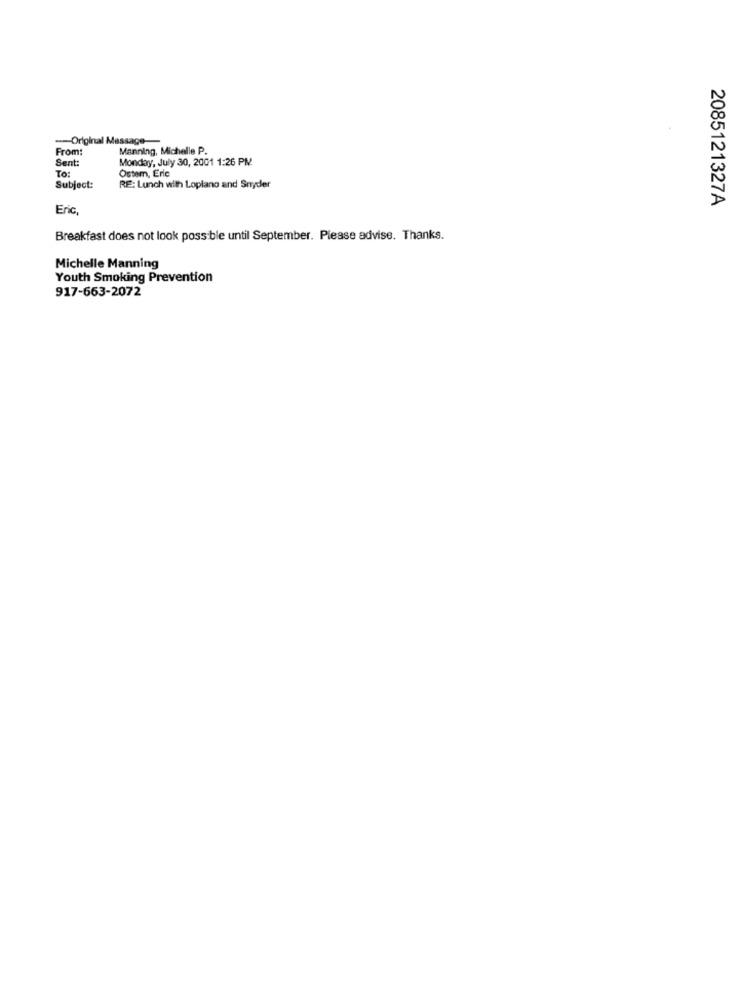
--- Original Message-
From:
Manning, Michelle P.
Sent:
Monday, July 30, 2001 1:26 PM
To:
Ostem, Erie
Subject:
RE: Lunch with Loplano and Snyder
2085121327A
Eric,
Breakfast does not look possible until September. Please advise. Thanks.
Michelle Manning
Youth Smoking Prevention
917-663-2072